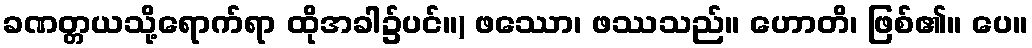
ခဏတ္တယသို့ရောက်ရာ ထိုအခါ၌ပင်။) ဖဿော၊ ဖဿသည်။ ဟောတိ၊ ဖြစ်၏။ ပေ။